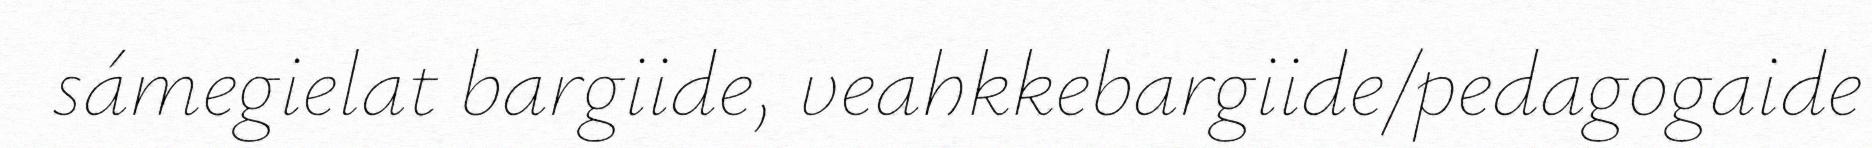
sámegielat bargiide, veahkkebargiide/pedagogaide